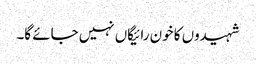
شہیدوں کا خون رائیگاں نہیں جائے گا۔